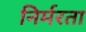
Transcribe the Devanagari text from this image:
निर्मरता